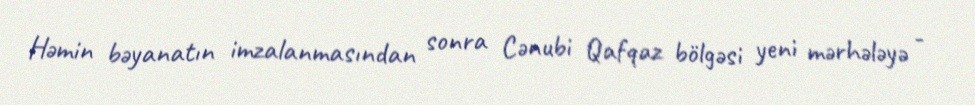
Həmin bəyanatın imzalanmasından sonra Cənubi Qafqaz bölgəsi yeni mərhələyə -